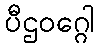
ပီဌဝဂ္ဂေါ